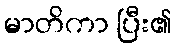
မာတိကာ ပြီး၏